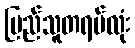
ပြည်သူတရပ်လုံး